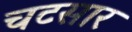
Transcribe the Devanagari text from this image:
चटसार